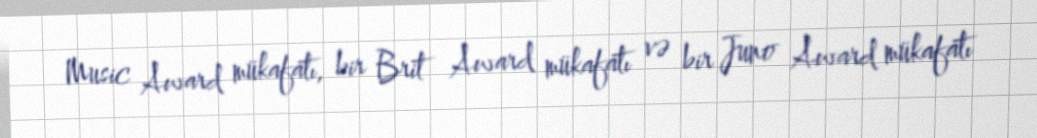
Music Award mükafatı, bir Brit Award mükafatı və bir Juno Award mükafatı